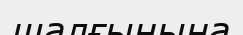
шалғынына